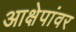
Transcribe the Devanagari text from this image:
आक्षेपांवर